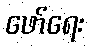
ဖော်ရေး